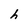
Character: h